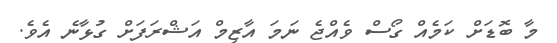
މާ ބޮޑަށް ކަމެއް ގޯސް ވެއްޖެ ނަމަ އާޒިމް އަޝްރަފަށް ގުޅާނެ އެވެ.